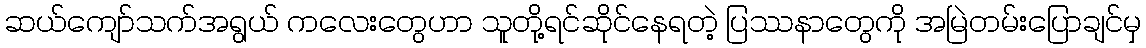
ဆယ်ကျော်သက်အရွယ် ကလေးတွေဟာ သူတို့ရင်ဆိုင်နေရတဲ့ ပြဿနာတွေကို အမြဲတမ်းပြောချင်မှ